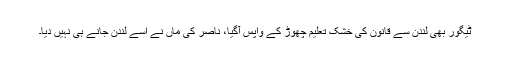
ٹیگور بھی لندن سے قانون کی خشک تعلیم چھوڑ کے واپس آگیا، ناصر کی ماں نے اسے لندن جانے ہی نہیں دیا۔